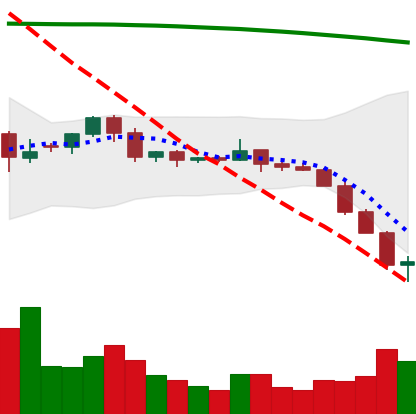
Ticker: ETC-USD
Chart end date: 2022-06-14
Forward return: 4.922%
Label: up_3_5